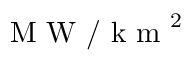
\mathrm { ~ M ~ W ~ } / \mathrm { ~ k ~ m ~ } ^ { 2 }